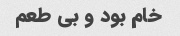
خام بود و بی طعم